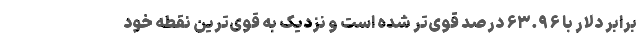
برابر دلار با ۶۳.۹۶ درصد قوی‌تر شده است و نزدیک به قوی‌ترین نقطه خود